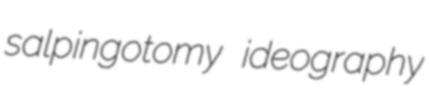
salpingotomy ideography